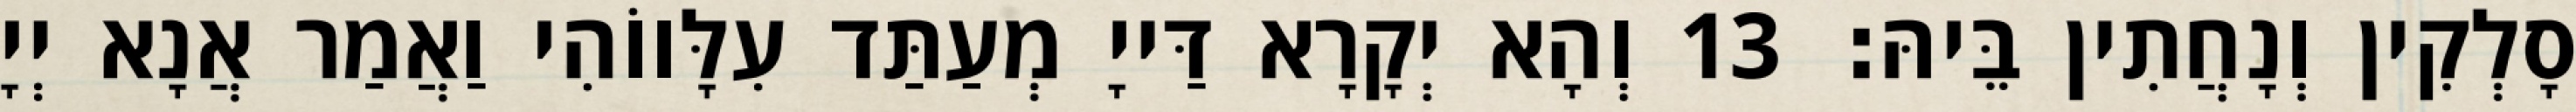
סָלְקִין וְנָחֲתִין בֵּיהּ׃ 13 וְהָא יְקָרָא דַּייָ מְעַתַּד עִלָּווֹהִי וַאֲמַר אֲנָא יְיָ